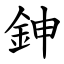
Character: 鉮